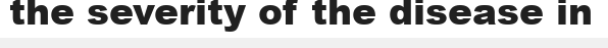
the severity of the disease in